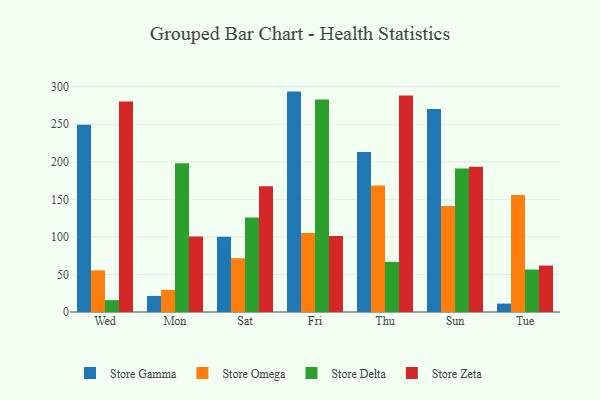
{"axis": {"x": "Day", "y": "Budget (USD K)"}, "legend": ["Store Delta", "Store Gamma", "Store Omega", "Store Zeta"], "data": [{"x": "Wed", "y": 249.3, "type": "Store Gamma"}, {"x": "Wed", "y": 55.4, "type": "Store Omega"}, {"x": "Wed", "y": 15.8, "type": "Store Delta"}, {"x": "Wed", "y": 280.3, "type": "Store Zeta"}, {"x": "Mon", "y": 21.4, "type": "Store Gamma"}, {"x": "Mon", "y": 29.5, "type": "Store Omega"}, {"x": "Mon", "y": 198.2, "type": "Store Delta"}, {"x": "Mon", "y": 100.7, "type": "Store Zeta"}, {"x": "Sat", "y": 100.2, "type": "Store Gamma"}, {"x": "Sat", "y": 71.7, "type": "Store Omega"}, {"x": "Sat", "y": 125.8, "type": "Store Delta"}, {"x": "Sat", "y": 167.4, "type": "Store Zeta"}, {"x": "Fri", "y": 293.5, "type": "Store Gamma"}, {"x": "Fri", "y": 105.1, "type": "Store Omega"}, {"x": "Fri", "y": 283.0, "type": "Store Delta"}, {"x": "Fri", "y": 101.2, "type": "Store Zeta"}, {"x": "Thu", "y": 213.1, "type": "Store Gamma"}, {"x": "Thu", "y": 168.5, "type": "Store Omega"}, {"x": "Thu", "y": 66.8, "type": "Store Delta"}, {"x": "Thu", "y": 288.4, "type": "Store Zeta"}, {"x": "Sun", "y": 270.3, "type": "Store Gamma"}, {"x": "Sun", "y": 141.2, "type": "Store Omega"}, {"x": "Sun", "y": 191.1, "type": "Store Delta"}, {"x": "Sun", "y": 193.4, "type": "Store Zeta"}, {"x": "Tue", "y": 11.2, "type": "Store Gamma"}, {"x": "Tue", "y": 155.9, "type": "Store Omega"}, {"x": "Tue", "y": 56.5, "type": "Store Delta"}, {"x": "Tue", "y": 61.8, "type": "Store Zeta"}]}